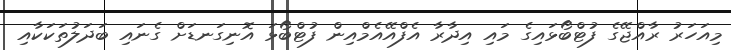
މިއަހަރު ރާއްޖޭގެ ފުޓްބޯޅައިގެ މައި އިދާރާ އެފްއޭއެމްއިން ފުޓްބޯޅަ އޮނިގަނޑަށް ގެނައި ބަދަލުތަކަކާއި